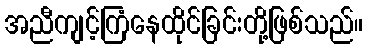
အညီကျင့်ကြံနေထိုင်ခြင်းတို့ဖြစ်သည်။